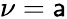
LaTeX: \nu=\mathsf{a}